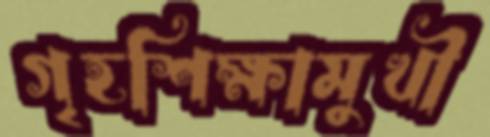
গৃহশিক্ষামুখী